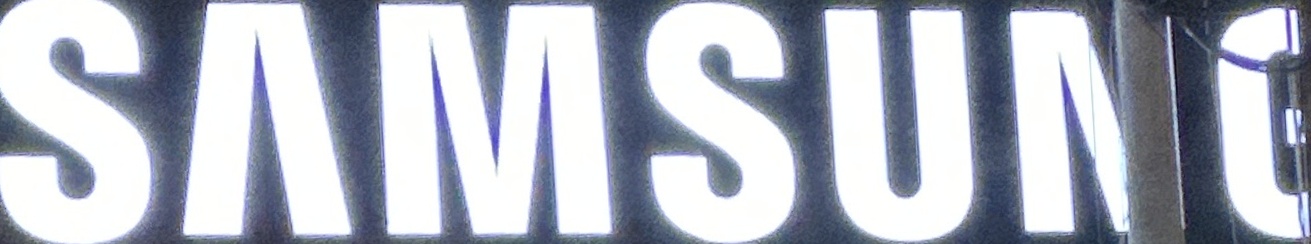
SAMSUN